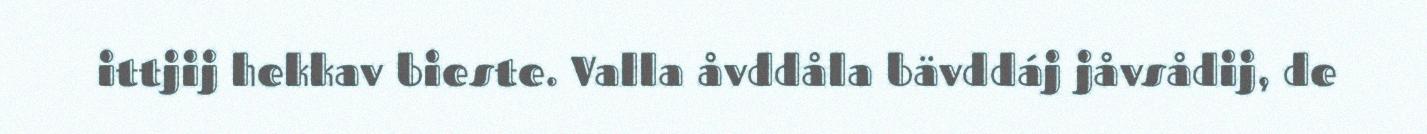
ittjij hekkav bieste. Valla åvddåla bävddáj jåvsådij, de